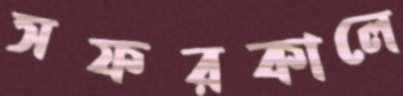
সফরকালে